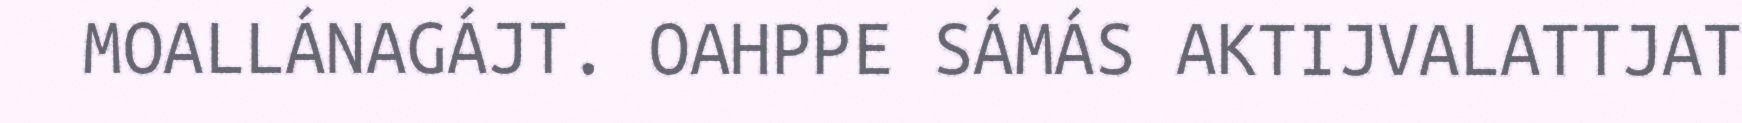
MOALLÁNAGÁJT. OAHPPE SÁMÁS AKTIJVALATTJAT